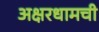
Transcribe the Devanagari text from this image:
अक्षरधामची